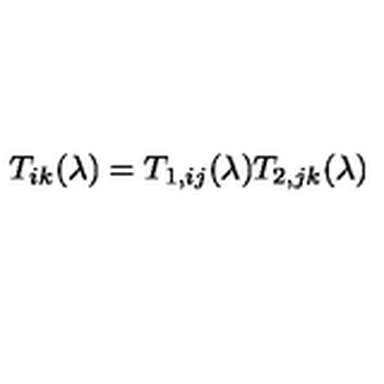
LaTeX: T _ { i k } ( \lambda ) = T _ { 1 , i j } ( \lambda ) T _ { 2 , j k } ( \lambda )